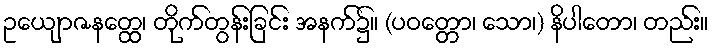
ဥယျောဇနတ္ထေ၊ တိုက်တွန်းခြင်း အနက်၌။ (ပဝတ္တော၊ သော၊) နိပါတော၊ တည်း။